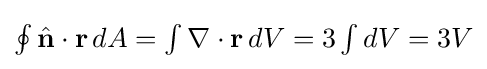
{\textstyle \oint {\hat {\mathbf {n} }}\cdot \mathbf {r} \,dA=\int \nabla \cdot \mathbf {r} \,dV=3\int dV=3V}